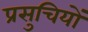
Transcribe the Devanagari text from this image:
प्रसुचियों